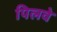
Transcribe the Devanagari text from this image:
पिलवे